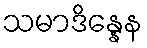
သမာဒိန္နေန